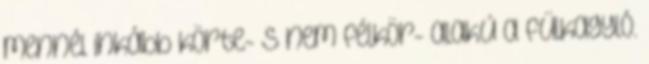
mennél inkább körte- s nem félkör- alakú a fülkagyló.